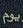
يوم